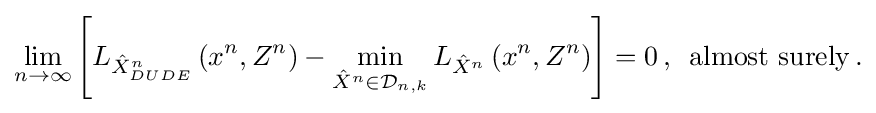
{\begin{aligned}\lim _{n\to \infty }\left[L_{{\hat {X}}_{DUDE}^{n}}\left(x^{n},Z^{n}\right)-\min _{{\hat {X}}^{n}\in {\mathcal {D}}_{n,k}}L_{{\hat {X}}^{n}}\left(x^{n},Z^{n}\right)\right]=0\,,\,{\text{ almost surely}}\,.\end{aligned}}